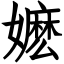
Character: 嬷